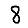
Digit: 8